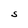
Character: S